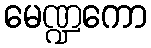
မေဏ္ဍကော